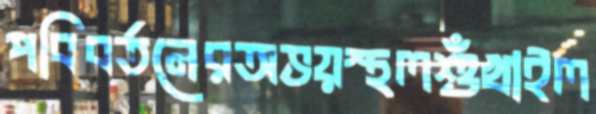
পবিবর্তনেরঅভয়স্থলশুঁখাইল